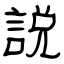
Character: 説